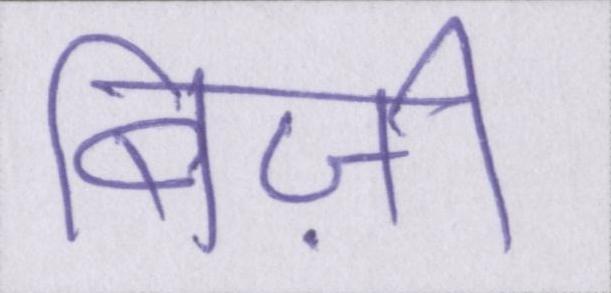
बिज़ी